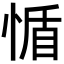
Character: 𢝺